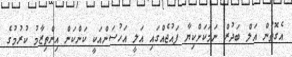
އެގޮތުން އަލް ބަދުރް ނަމަކަށްކިޔާ ފައުޖެއްގައި އަލީ އަހުސަންއަކީ ކަންކަން އިންތިޒާމު ކުރުމުގެ